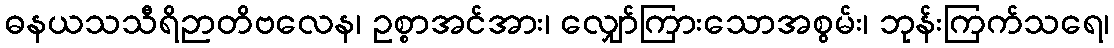
ဓနယသသီရိဉာတိဗလေန၊ ဥစ္စာအင်အား၊ လျှော်ကြားသောအစွမ်း၊ ဘုန်းကြက်သရေ၊